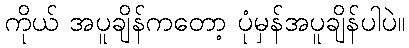
ကိုယ် အပူချိန်ကတော့ ပုံမှန်အပူချိန်ပါပဲ။